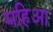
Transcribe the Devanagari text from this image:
महिआ